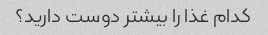
کدام غذا را بیشتر دوست دارید؟